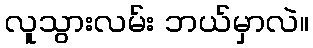
လူသွားလမ်း ဘယ်မှာလဲ။